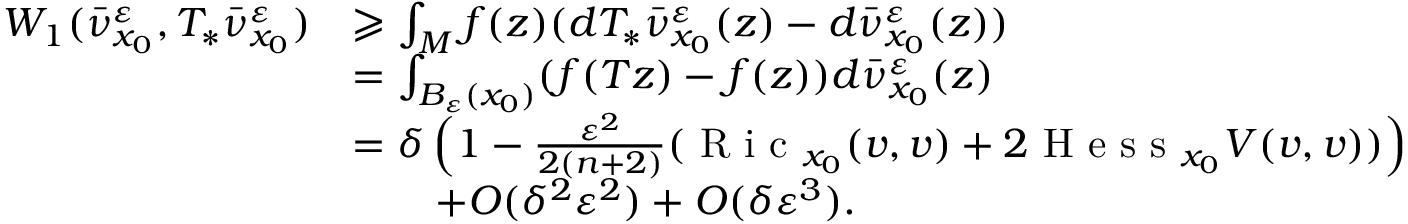
\begin{array} { r l } { W _ { 1 } ( \bar { \nu } _ { x _ { 0 } } ^ { \varepsilon } , T _ { * } \bar { \nu } _ { x _ { 0 } } ^ { \varepsilon } ) } & { \geqslant \int _ { M } f ( z ) ( d T _ { * } \bar { \nu } _ { x _ { 0 } } ^ { \varepsilon } ( z ) - d \bar { \nu } _ { x _ { 0 } } ^ { \varepsilon } ( z ) ) } \\ & { = \int _ { B _ { \varepsilon } ( x _ { 0 } ) } ( f ( T z ) - f ( z ) ) d \bar { \nu } _ { x _ { 0 } } ^ { \varepsilon } ( z ) } \\ & { = \delta \left( 1 - \frac { \varepsilon ^ { 2 } } { 2 ( n + 2 ) } ( \textrm { R i c } _ { x _ { 0 } } ( v , v ) + 2 \textrm { H e s s } _ { x _ { 0 } } V ( v , v ) ) \right) } \\ & { \qquad + O ( \delta ^ { 2 } \varepsilon ^ { 2 } ) + O ( \delta \varepsilon ^ { 3 } ) . } \end{array}